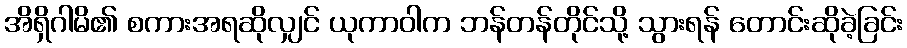
အိရှိဂါမိ၏ စကားအရဆိုလျှင် ယုကာဝါက ဘန်တန်တိုင်သို့ သွားရန် တောင်းဆိုခဲ့ခြင်း